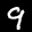
Label: 9